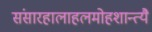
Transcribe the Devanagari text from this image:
संसारहालाहलमोहशान्त्यै